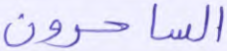
الساحرون